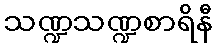
သဏ္ဍသဏ္ဍစာရိနီ